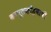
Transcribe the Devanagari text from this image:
कापूसकोंड्याची